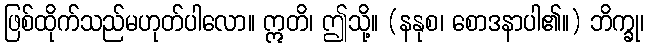
ဖြစ်ထိုက်သည်မဟုတ်ပါလော။ ဣတိ၊ ဤသို့။ (နနုစ၊ စောဒနာပါ၏။) ဘိက္ခု၊